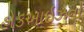
હોકઆઇઝનો